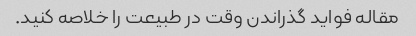
مقاله فواید گذراندن وقت در طبیعت را خلاصه کنید.